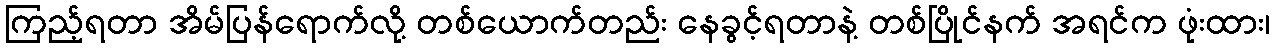
ကြည့်ရတာ အိမ်ပြန်ရောက်လို့ တစ်ယောက်တည်း နေခွင့်ရတာနဲ့ တစ်ပြိုင်နက် အရင်က ဖုံးထား၊